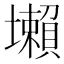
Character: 𡓒